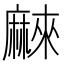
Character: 𱋰